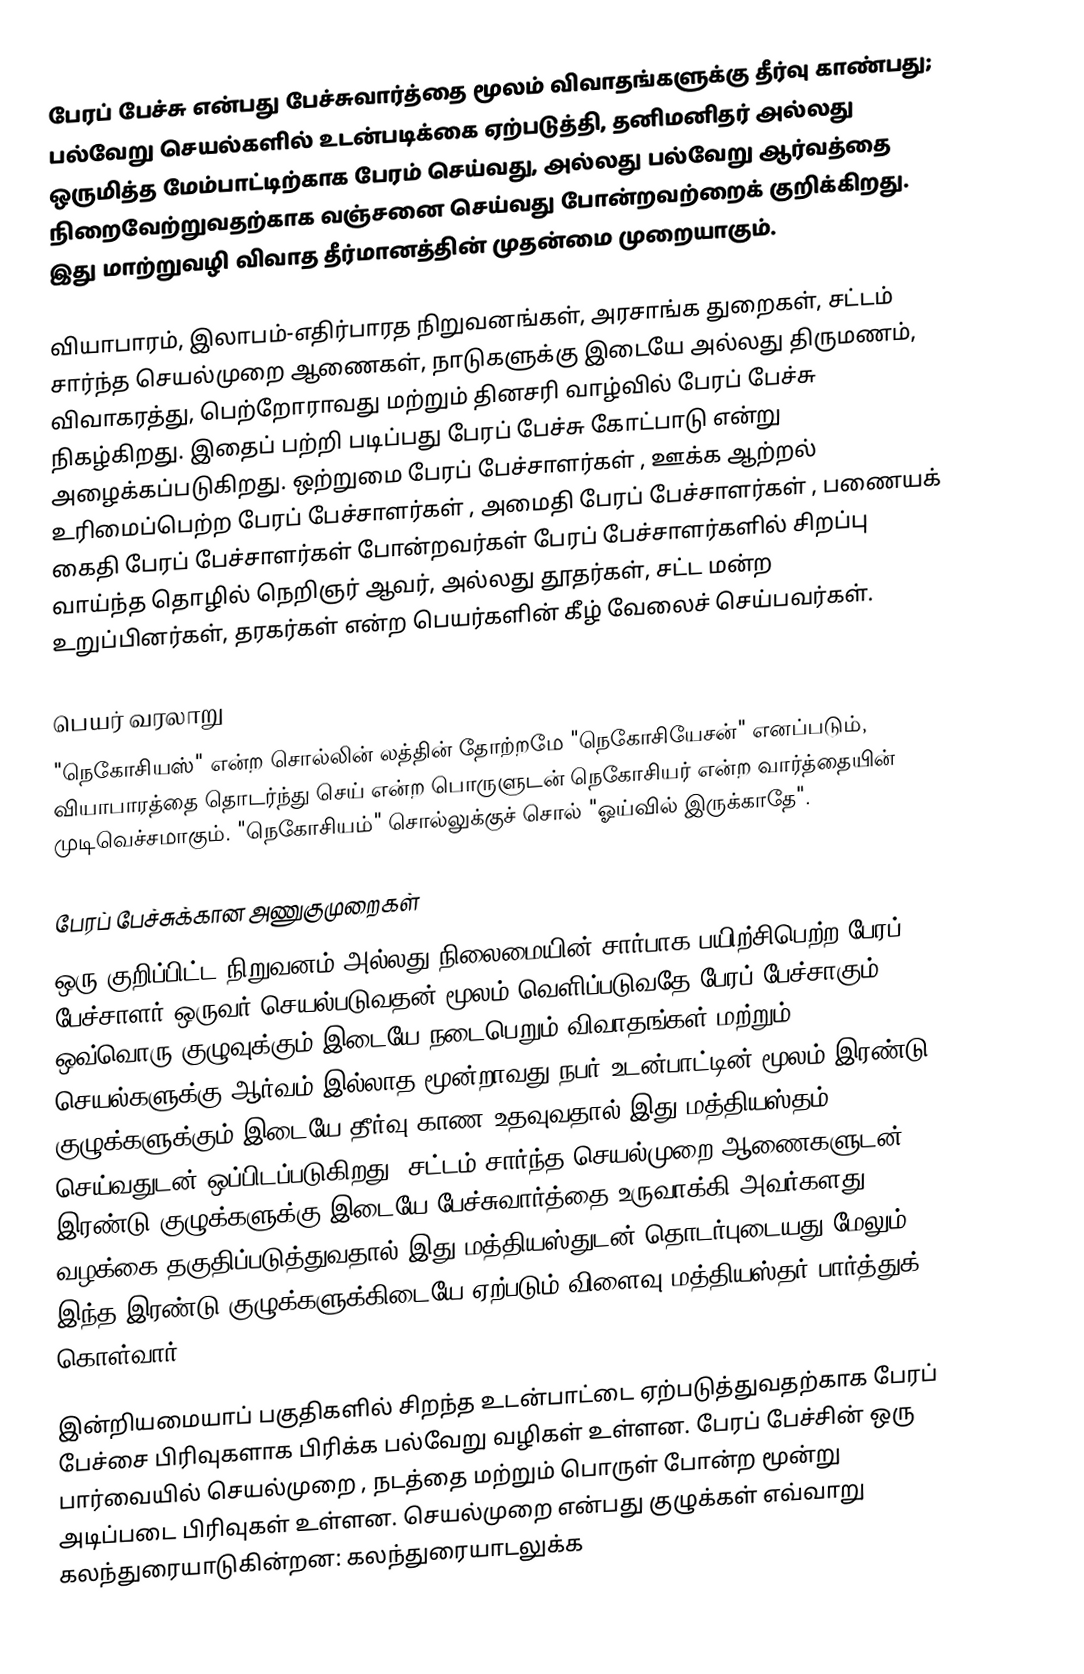
பேரப் பேச்சு என்பது பேச்சுவார்த்தை மூலம் விவாதங்களுக்கு தீர்வு காண்பது; பல்வேறு செயல்களில் உடன்படிக்கை ஏற்படுத்தி, தனிமனிதர் அல்லது ஒருமித்த மேம்பாட்டிற்காக பேரம் செய்வது, அல்லது பல்வேறு ஆர்வத்தை நிறைவேற்றுவதற்காக வஞ்சனை செய்வது போன்றவற்றைக் குறிக்கிறது. இது மாற்றுவழி விவாத தீர்மானத்தின் முதன்மை முறையாகும்.

வியாபாரம், இலாபம்-எதிர்பாரத நிறுவனங்கள், அரசாங்க துறைகள், சட்டம் சார்ந்த செயல்முறை ஆணைகள், நாடுகளுக்கு இடையே அல்லது திருமணம், விவாகரத்து, பெற்றோராவது மற்றும் தினசரி வாழ்வில் பேரப் பேச்சு நிகழ்கிறது. இதைப் பற்றி படிப்பது பேரப் பேச்சு கோட்பாடு என்று அழைக்கப்படுகிறது. ஒற்றுமை பேரப் பேச்சாளர்கள் , ஊக்க ஆற்றல் உரிமைப்பெற்ற பேரப் பேச்சாளர்கள் , அமைதி பேரப் பேச்சாளர்கள் , பணையக் கைதி பேரப் பேச்சாளர்கள் போன்றவர்கள் பேரப் பேச்சாளர்களில் சிறப்பு வாய்ந்த தொழில் நெறிஞர் ஆவர், அல்லது தூதர்கள், சட்ட மன்ற உறுப்பினர்கள், தரகர்கள் என்ற பெயர்களின் கீழ் வேலைச் செய்பவர்கள்.

பெயர் வரலாறு
"நெகோசியஸ்" என்ற சொல்லின் லத்தின் தோற்றமே "நெகோசியேசன்" எனப்படும், வியாபாரத்தை தொடர்ந்து செய் என்ற பொருளுடன் நெகோசியர் என்ற வார்த்தையின் முடிவெச்சமாகும். "நெகோசியம்" சொல்லுக்குச் சொல் "ஓய்வில் இருக்காதே".

பேரப் பேச்சுக்கான அணுகுமுறைகள்
ஒரு குறிப்பிட்ட நிறுவனம் அல்லது நிலைமையின் சார்பாக பயிற்சிபெற்ற பேரப் பேச்சாளர் ஒருவர் செயல்படுவதன் மூலம் வெளிப்படுவதே பேரப் பேச்சாகும். ஒவ்வொரு குழுவுக்கும் இடையே நடைபெறும் விவாதங்கள் மற்றும் செயல்களுக்கு ஆர்வம் இல்லாத மூன்றாவது நபர் உடன்பாட்டின் மூலம் இரண்டு குழுக்களுக்கும் இடையே தீர்வு காண உதவுவதால் இது மத்தியஸ்தம் செய்வதுடன் ஒப்பிடப்படுகிறது. சட்டம் சார்ந்த செயல்முறை ஆணைகளுடன் இரண்டு குழுக்களுக்கு இடையே பேச்சுவார்த்தை உருவாக்கி அவர்களது வழக்கை தகுதிப்படுத்துவதால் இது மத்தியஸ்துடன் தொடர்புடையது மேலும் இந்த இரண்டு குழுக்களுக்கிடையே ஏற்படும் விளைவு மத்தியஸ்தர் பார்த்துக் கொள்வார்.

இன்றியமையாப் பகுதிகளில் சிறந்த உடன்பாட்டை ஏற்படுத்துவதற்காக பேரப் பேச்சை பிரிவுகளாக பிரிக்க பல்வேறு வழிகள் உள்ளன. பேரப் பேச்சின் ஒரு பார்வையில் செயல்முறை , நடத்தை மற்றும் பொருள் போன்ற மூன்று அடிப்படை பிரிவுகள் உள்ளன. செயல்முறை என்பது குழுக்கள் எவ்வாறு கலந்துரையாடுகின்றன: கலந்துரையாடலுக்க